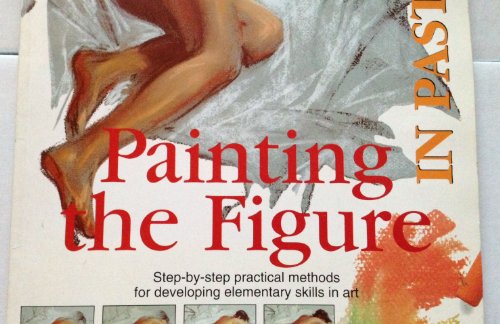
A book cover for Painting the Figure in Pastels (Easy Painting and Drawing); David Sanmiguel; Arts & Photography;